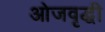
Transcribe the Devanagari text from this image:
ओजवृद्धी